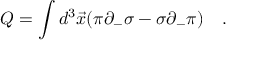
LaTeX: Q = \int d ^ { 3 } \vec { x } ( \pi \partial _ { - } \sigma - \sigma \partial _ { - } \pi ) \quad .